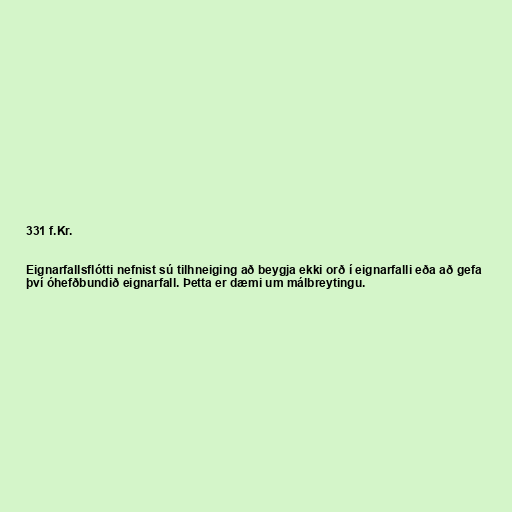
331 f.Kr.

Eignarfallsflótti nefnist sú tilhneiging að beygja ekki orð í eignarfalli eða að gefa
því óhefðbundið eignarfall. Þetta er dæmi um málbreytingu.